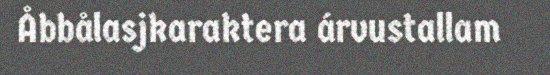
Åbbålasjkaraktera árvustallam